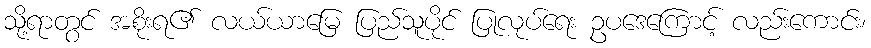
သို့ရာတွင် အစိုးရ၏ လယ်ယာမြေ ပြည်သူပိုင် ပြုလုပ်ရေး ဥပဒေကြောင့် လည်းကောင်း၊